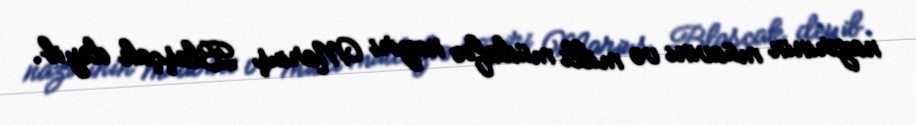
nazirinin müavini və milli müdafiə naziri Mariuş Blaşçak deyib.